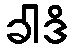
ခါဒိ